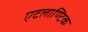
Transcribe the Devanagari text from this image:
एटलाण्टिक